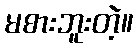
မစားဘူးတဲ့။